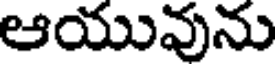
ఆయువును